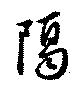
隔